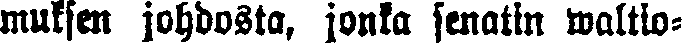
muksen johdosta, jonka senatin valtio-